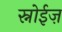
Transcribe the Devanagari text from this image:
स्नोईज़